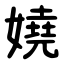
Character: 嬈